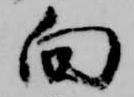
向